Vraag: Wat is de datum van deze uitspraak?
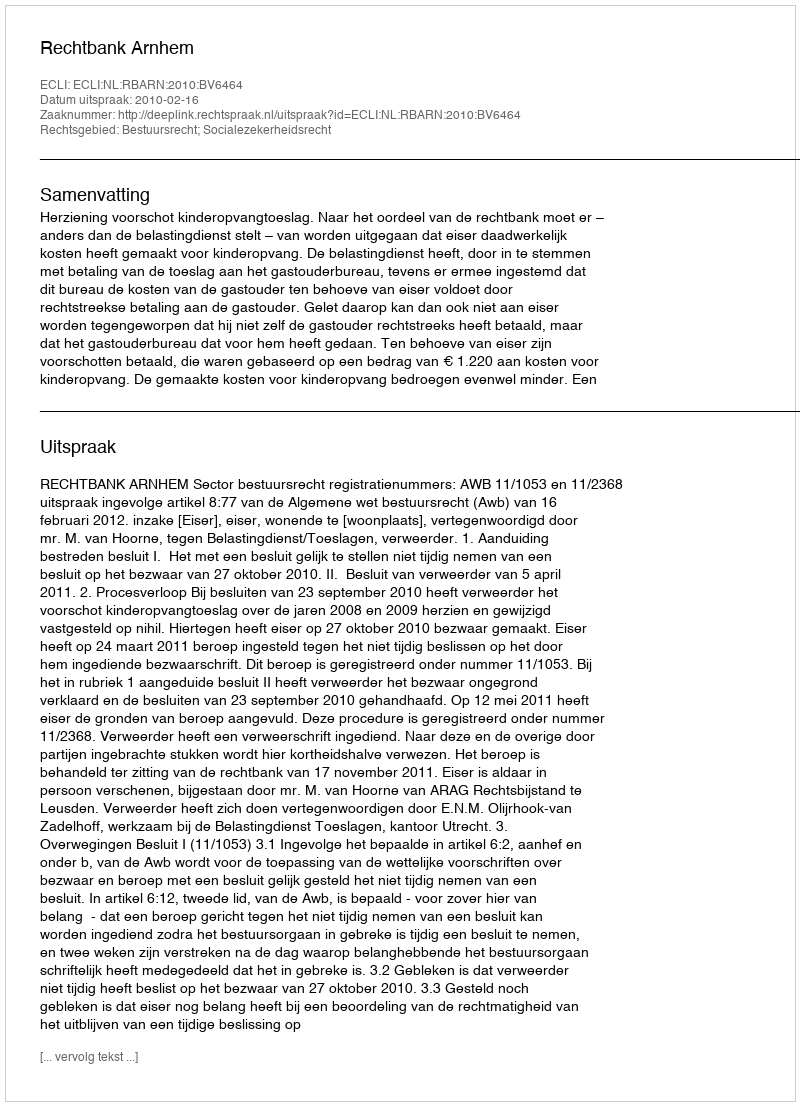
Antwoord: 2010-02-16